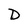
Character: D